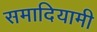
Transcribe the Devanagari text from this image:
समादियामी